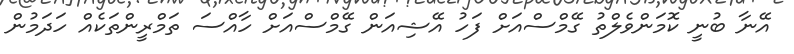
އޭނާ ބުނީ ކޮމަންވެލްތު ގޭމްސްއަށް ފަހު އޭޝިއަން ގޭމްސްއަށް ހާއްސަ ތަމްރީންތަކެއް ހަދަމުން